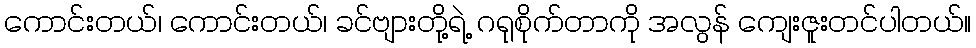
ကောင်းတယ်၊ ကောင်းတယ်၊ ခင်ဗျားတို့ရဲ့ ဂရုစိုက်တာကို အလွန် ကျေးဇူးတင်ပါတယ်။